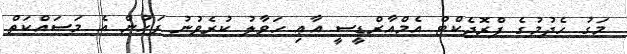
މަގު ހެދުމުގެ ޕްރޮޖެކްޓް އެމްއާރްޑީސީ އާޢި ހަވާލު ކުރެވުނު ފަހުން އެ މަސައްކަތް